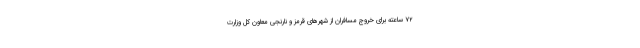
۷۲ ساعته برای خروج مسافران از شهرهای قرمز و نارنجی معاون کل وزارت